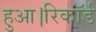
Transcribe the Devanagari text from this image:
हुआ।रिकॉर्ड